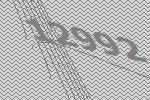
12992